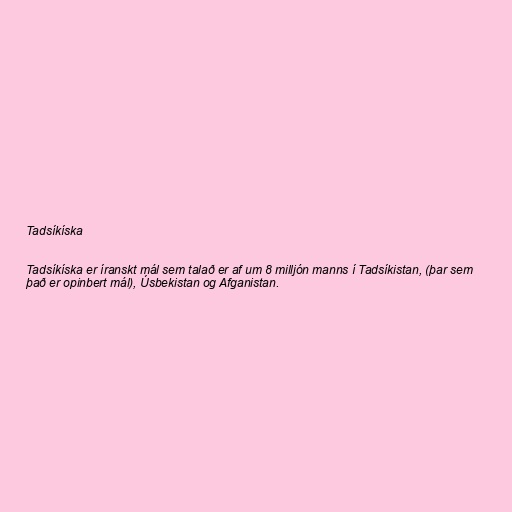
Tadsíkíska

Tadsíkíska er íranskt mál sem talað er af um 8 milljón manns í Tadsíkistan, (þar sem
það er opinbert mál), Úsbekistan og Afganistan.